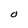
Character: 0